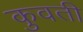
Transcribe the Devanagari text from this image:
कुवती